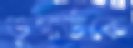
ডুগার্ডকে